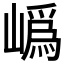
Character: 𭗛